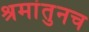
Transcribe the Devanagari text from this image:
श्रमांतुनच